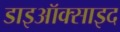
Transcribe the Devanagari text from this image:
डाइऑक्साइद